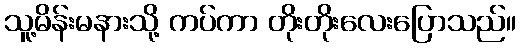
သူ့မိန်းမနားသို့ ကပ်ကာ တိုးတိုးလေးပြောသည်။